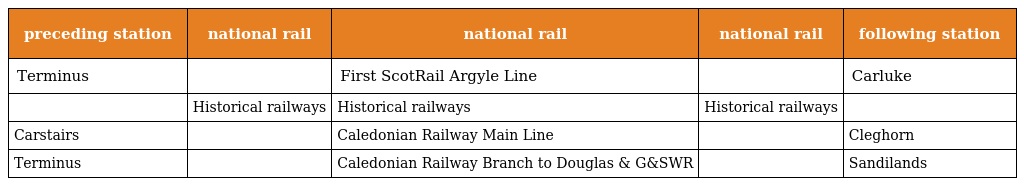
| preceding station | national rail | national rail | national rail | following station |
 | --- | --- | --- | --- | --- |
 | Terminus |  | First ScotRail Argyle Line |  | Carluke |
 |  | Historical railways | Historical railways | Historical railways |  |
 | Carstairs |  | Caledonian Railway Main Line |  | Cleghorn |
 | Terminus |  | Caledonian Railway Branch to Douglas & G&SWR |  | Sandilands |